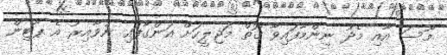
މޫސަ އާއި މެދު ނިންމާފައިވާ ގޮތް މަޖިލީހަށް އަންގާފައި ނުވާއިރު އެ ޕާޓިން